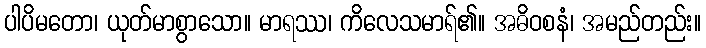
ပါပိမတော၊ ယုတ်မာစွာသော။ မာရဿ၊ ကိလေသမာရ်၏။ အဓိဝစနံ၊ အမည်တည်း။